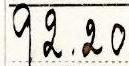
92.20